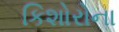
કિશોરોના